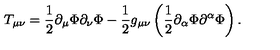
T _ { \mu \nu } = \frac { 1 } { 2 } \partial _ { \mu } \Phi \partial _ { \nu } \Phi - \frac { 1 } { 2 } g _ { \mu \nu } \left( \frac { 1 } { 2 } \partial _ { \alpha } \Phi \partial ^ { \alpha } \Phi \right) .